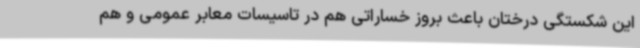
این شکستگی درختان باعث بروز خساراتی هم در تاسیسات معابر عمومی و هم